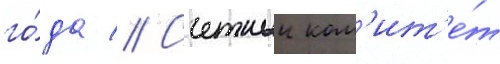
го́да // Счетныи ком'ит'е́т